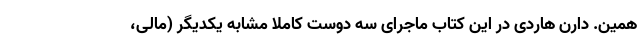
همین. دارن هاردی در این کتاب ماجرای سه دوست کاملاً مشابه یکدیگر (مالی،